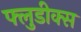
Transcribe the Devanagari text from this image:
फ्लुडीक्स